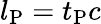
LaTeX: l_{\mathrm{P}}=t_{\mathrm{P}}c